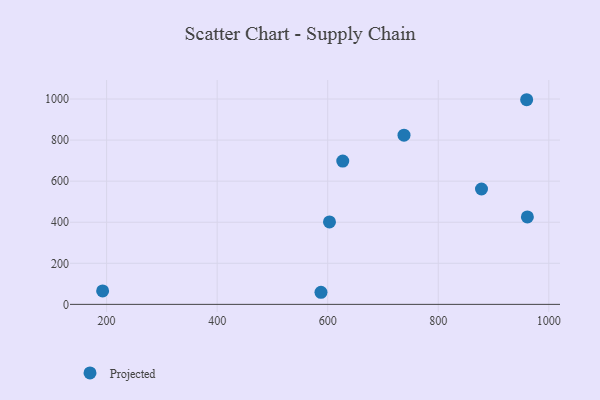
{"axis": {"x": "Study Hours", "y": "Rating"}, "legend": ["Projected"], "data": [{"x": "603.2", "y": 401.5, "type": "Projected"}, {"x": "878.2", "y": 561.8, "type": "Projected"}, {"x": "587.8", "y": 58.9, "type": "Projected"}, {"x": "959.9", "y": 996.6, "type": "Projected"}, {"x": "738.0", "y": 823.8, "type": "Projected"}, {"x": "192.8", "y": 65.6, "type": "Projected"}, {"x": "961.2", "y": 425.7, "type": "Projected"}, {"x": "627.2", "y": 697.6, "type": "Projected"}]}